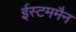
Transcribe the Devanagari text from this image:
ईस्टममैन